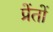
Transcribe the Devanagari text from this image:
प्रेंतों